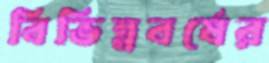
বিভিন্নবর্ষের